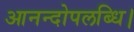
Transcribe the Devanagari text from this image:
आनन्दोपलब्धि।